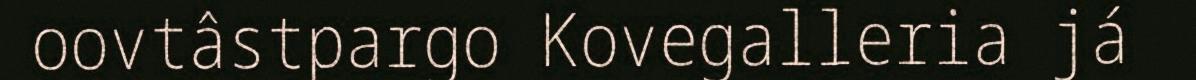
oovtâstpargo Kovegalleria já